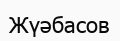
Жүәбасов